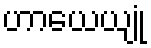
ဟာယေယျုံ